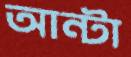
আন্টা